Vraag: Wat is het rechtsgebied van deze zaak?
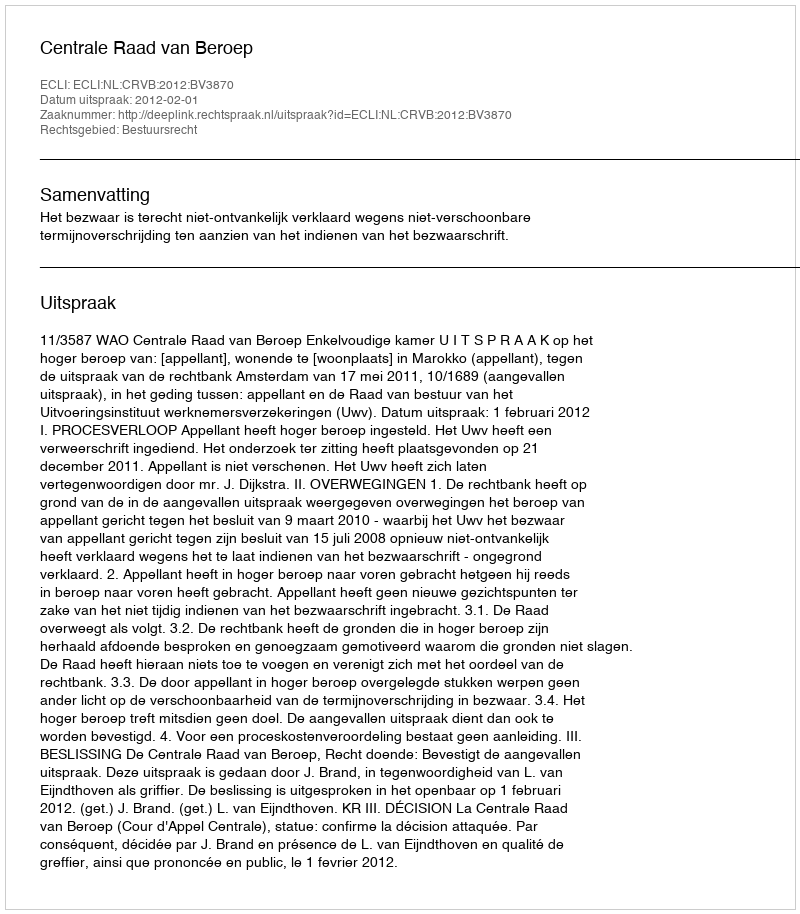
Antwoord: Bestuursrecht